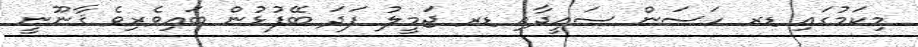
މިކަމުގައި ޑރ ހަސަން ސައީދާއި ޑރ ޖަމީލު ފަދަ ބޭފުޅުން ބައިވެރިވެ ޤާނޫނީ